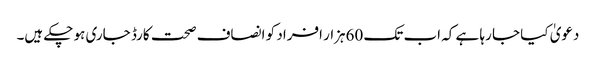
دعویٰ کیا جا رہا ہے کہ اب تک 60ہزار افراد کو انصاف صحت کارڈ جاری ہو چکے ہیں۔